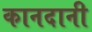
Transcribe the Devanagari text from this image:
कानदानी